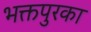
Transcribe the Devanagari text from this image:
भक्तपुरका